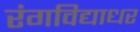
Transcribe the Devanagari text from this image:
रंगविद्याधर